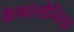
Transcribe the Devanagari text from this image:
केफालोनिया